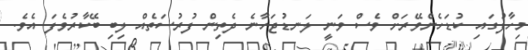
މިހާފުގައި ކުޑަހެންވޭރަށް ވެސް ވަނީ ލަނޑުޖަހާނެ ދެތިން ފުރުސަތެއް ލިބި ބޭކާރުވެފަ އެވެ.